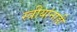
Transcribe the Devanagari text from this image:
स्त्रीयांनाही